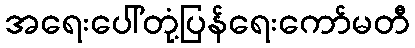
အရေးပေါ်တုံ့ပြန်ရေးကော်မတီ